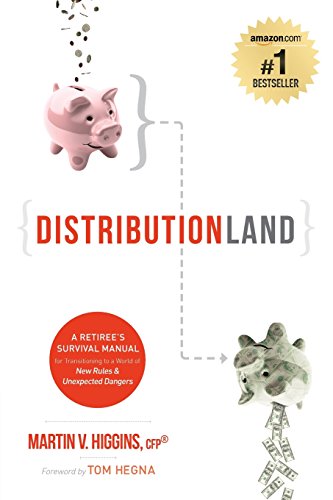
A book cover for DistributionLand: A Retiree's Survival Manual for Transitioning to a World of New Rules & Unexpected Dangers; Martin V Higgins CFPÂ®; Business & Money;